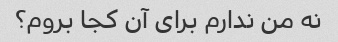
نه من ندارم برای آن کجا بروم؟